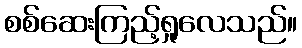
စစ်ဆေးကြည့်ရှုလေသည်။